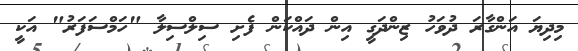
މިދިޔަ އަންގާރަ ދުވަހު ޒިންދަގީ އިން ދައްކަން ފެށި ސިލްސިލާ "ހަމްސަފަރު" އަކީ